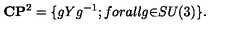
{ \bf C } { \bf P } ^ { 2 } = \{ g Y g ^ { - 1 } ; f o r a l l g { \in } S U ( 3 ) \} .